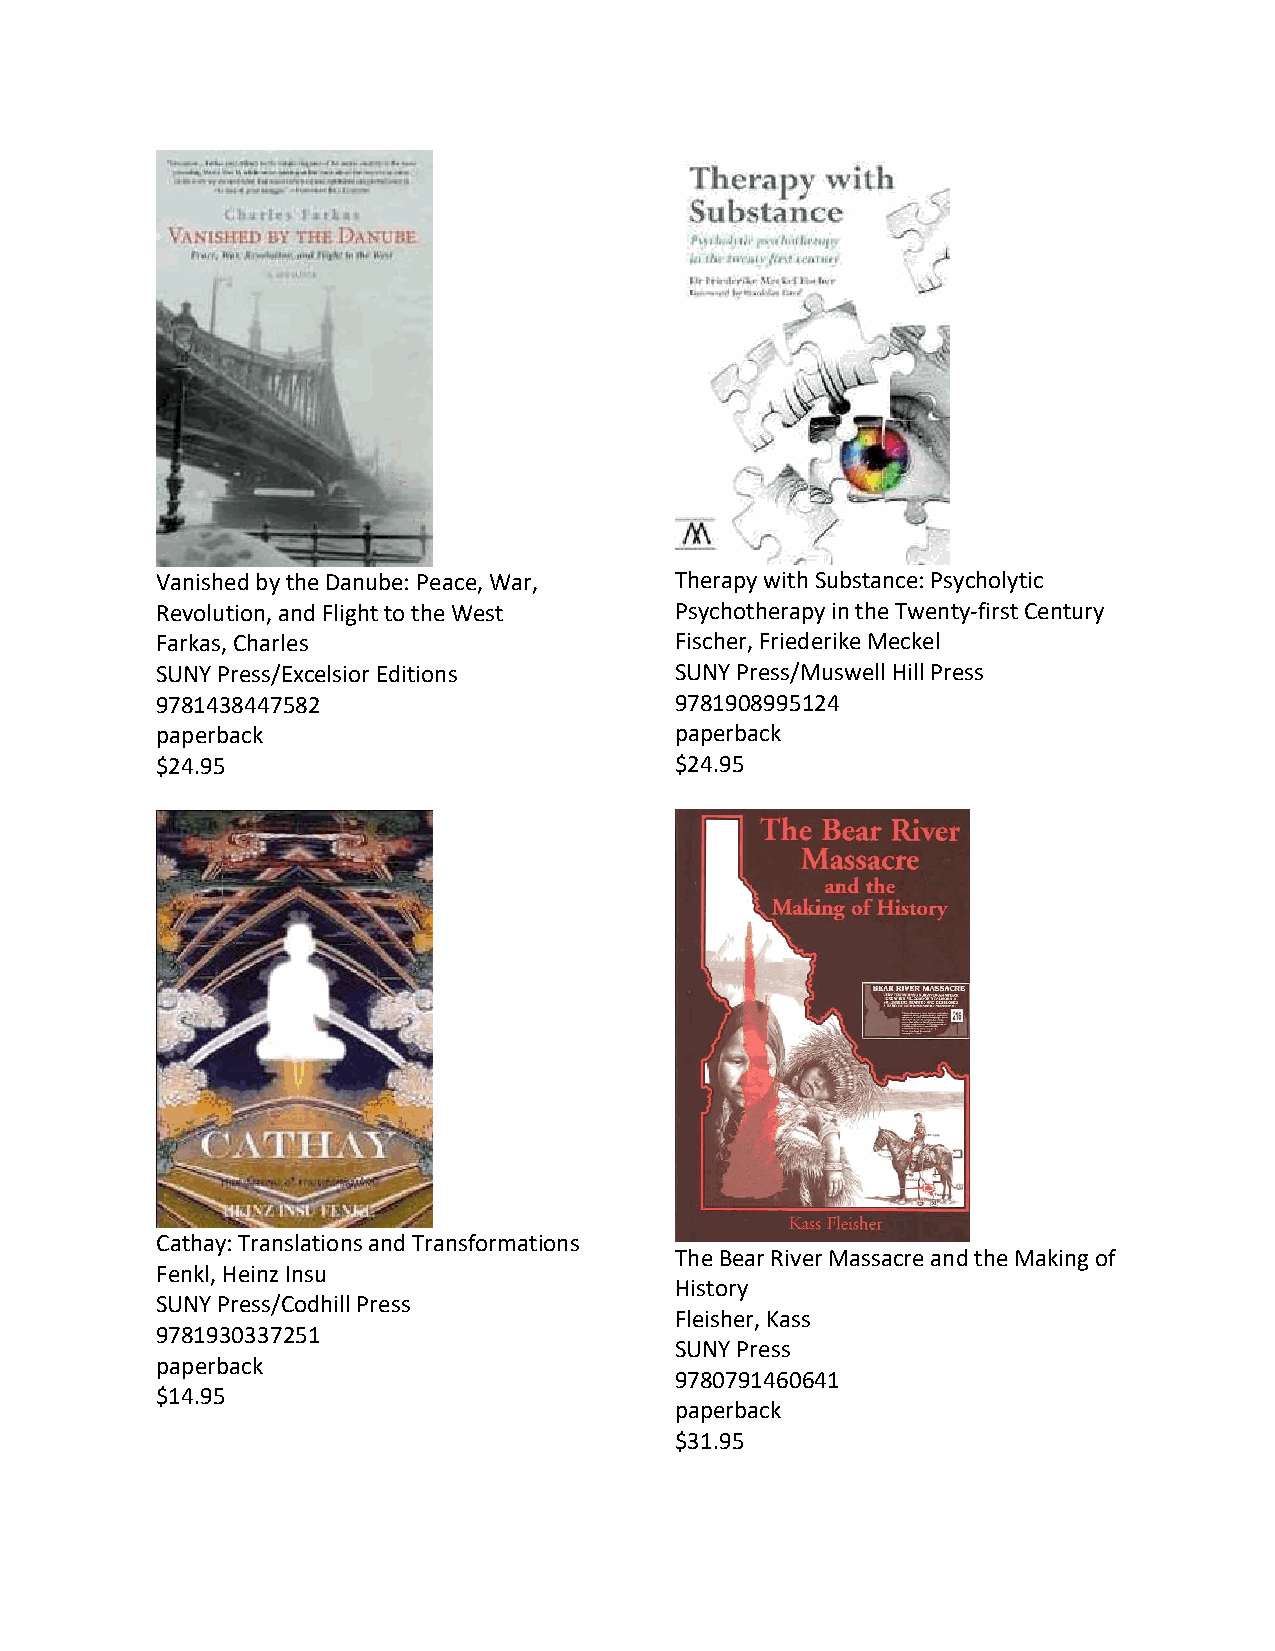
Vanished by the Danube: Peace, War, Therapy with Substance: Psycholytic
 Revolution, and Flight to the West Psychotherapy in the Twenty-first Century
 Farkas, Charles                    Fischer, Friederike Meckel
 SUNY Press/Excelsior Editions      SUNY Press/Muswell Hill Press
 9781438447582                      9781908995124
 paperback                          paperback
 $24.95                             $24.95
 Cathay: Translations and Transformations
 The Bear River Massacre and the Making of
 Fenkl, Heinz Insu
 History
 SUNY Press/Codhill Press
 Fleisher, Kass
 9781930337251
 SUNY Press
 paperback
 9780791460641
 $14.95
 paperback
 $31.95